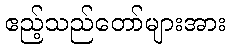
ဧည့်သည်တော်များအား